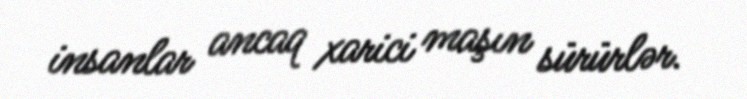
insanlar ancaq xarici maşın sürürlər.